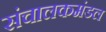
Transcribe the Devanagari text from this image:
संचालकमंडल